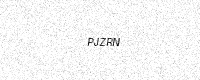
Text: PJZRN